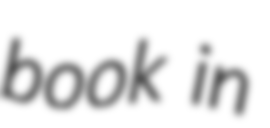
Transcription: book in